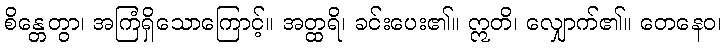
စိန္တေတွာ၊ အကြံရှိသောကြောင့်။ အတ္ထရိ၊ ခင်းပေး၏။ ဣတိ၊ လျှောက်၏။ တေနေဝ၊